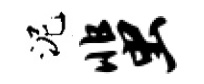
泥蜚